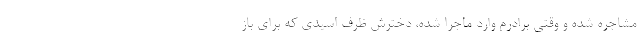
مشاجره شده و وقتی برادرم وارد ماجرا شده، دخترش ظرف اسیدی که برای باز